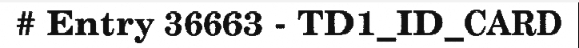
# Entry 36663 - TD1_ID_CARD